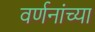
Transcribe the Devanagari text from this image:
वर्णनांच्या